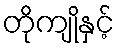
တိုကျိုနှင့်